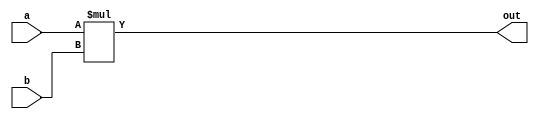
module signed_mult (out, a, b);
	output 	signed  [15:0]	out;
	input 	signed	[15:0] 	a;
	input 	signed	[15:0] 	b;
	wire 	signed	[31:0]	mult_out;
	// assign mult_out = a * b;
	// assign out = {mult_out[31], mult_out[28:14]};
	assign out = a*b;
endmodule